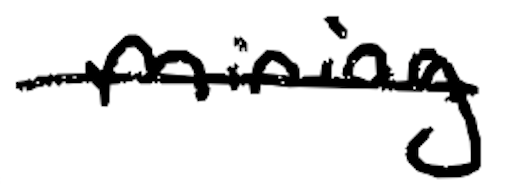
Text: mining
Cross-out: mix
Writing tool: digital_black